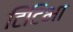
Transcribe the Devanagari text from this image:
टिटिभा